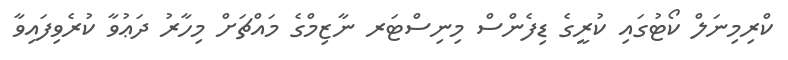
ކްރިމިނަލް ކޯޓުގައި ކުރީގެ ޑިފެންސް މިނިސްޓަރ ނާޒިމްގެ މައްޗަށް މިހާރު ދަޢުވާ ކުރެވިފައިވާ